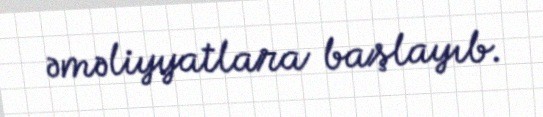
əməliyyatlara başlayıb.